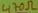
Text: 470Ω